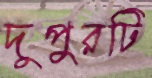
দুপুরটি